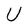
Character: U